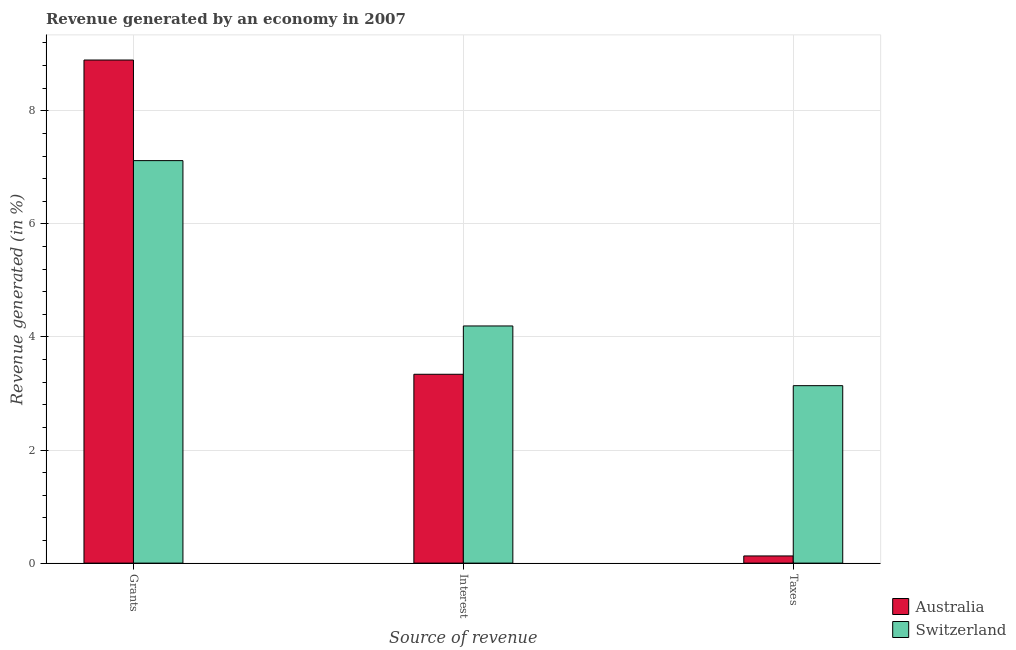
| Source of revenue | Australia | Switzerland |
 | --- | --- | --- |
 | Grants | 8.9 | 7.12 |
 | Interest | 3.34 | 4.19 |
 | Taxes | 0.127 | 3.14 |